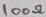
Text: 100Ω